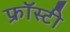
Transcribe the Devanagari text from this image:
फ्रॉस्टी